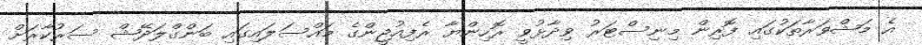
އެ މަޝްވަރާތަކުގައި ފޮރިން މިނިސްޓަރު ވިދާޅުވީ ރޮހިންޔާ ރެފިއުޖީންގެ މައްސަލައިގައި ބަންގްލަދޭޝް ސަރުކާރަށް